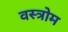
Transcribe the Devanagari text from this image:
वस्त्रोम